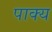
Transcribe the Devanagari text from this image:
पाक्य